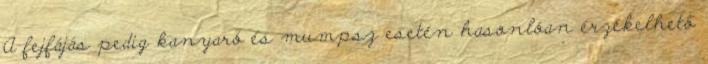
A fejfájás pedig kanyaró és mumpsz esetén hasonlóan érzékelhető